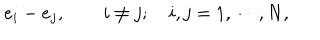
LaTeX: { e _ { i } - e _ { j } , \quad \quad i \neq j ; \quad i , j = 1 , \cdots , N , }